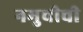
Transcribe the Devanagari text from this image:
नमुचीची